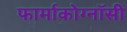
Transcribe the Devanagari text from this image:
फार्माकोग्नॉसी